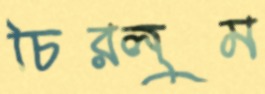
চিরলুম